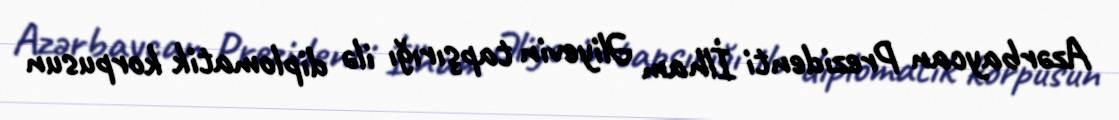
Azərbaycan Prezidenti İlham Əliyevin tapşırığı ilə diplomatik korpusun